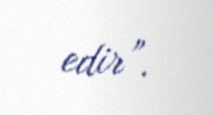
edir”.